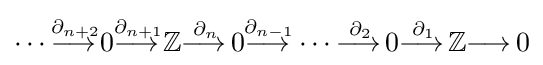
\dotsb {\overset {\partial _{n+2}}{\longrightarrow \,}}0{\overset {\partial _{n+1}}{\longrightarrow \,}}\mathbb {Z} {\overset {\partial _{n}}{\longrightarrow \,}}0{\overset {\partial _{n-1}}{\longrightarrow \,}}\dotsb {\overset {\partial _{2}}{\longrightarrow \,}}0{\overset {\partial _{1}}{\longrightarrow \,}}\mathbb {Z} {\longrightarrow \,}0